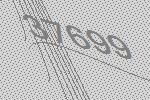
37699